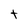
Character: t